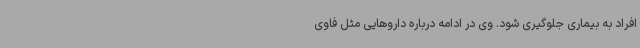
افراد به بیماری جلوگیری شود. وی در ادامه درباره داروهایی مثل فاوی